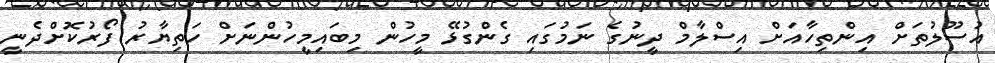
އުސޫލުތަށް އިންތިހާއަށް އިސްލާމް ދީނުގެ ނަމުގައި ގެންގުޅޭ މީހުން މިބައިމީހުންނަށް ހަތިޔާރު ފޯރުކޮށްދެނީ